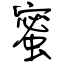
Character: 蜜